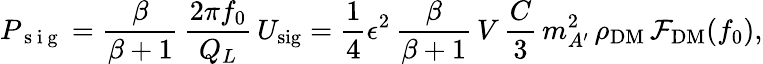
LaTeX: P_{\mathrm{~s~i~g~}}=\frac{\beta}{\beta+1}\, \frac{2\pi f_{0}}{Q_{L}}\, U_{\mathrm{sig}}=\frac{1}{4}\epsilon^{2}\, \frac{\beta}{\beta+1}\, V\, \frac{C}{3}\, m_{A^{\prime}}^{2}\, \rho_{\mathrm{DM}}\, \mathcal{F}_{\mathrm{DM}}(f_{0}),